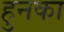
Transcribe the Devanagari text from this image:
हुनका